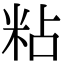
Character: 粘